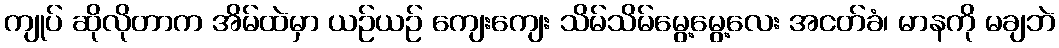
ကျုပ် ဆိုလိုတာက အိမ်ထဲမှာ ယဉ်ယဉ် ကျေးကျေး သိမ်သိမ်မွေ့မွေ့လေး အငတ်ခံ၊ မာနကို မချဘဲ